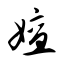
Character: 嬗